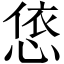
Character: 㥋